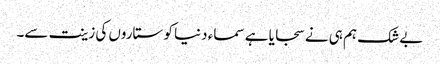
بے شک ہم ہی نے سجایا ہے سماء دنیا کو ستاروں کی زینت سے۔